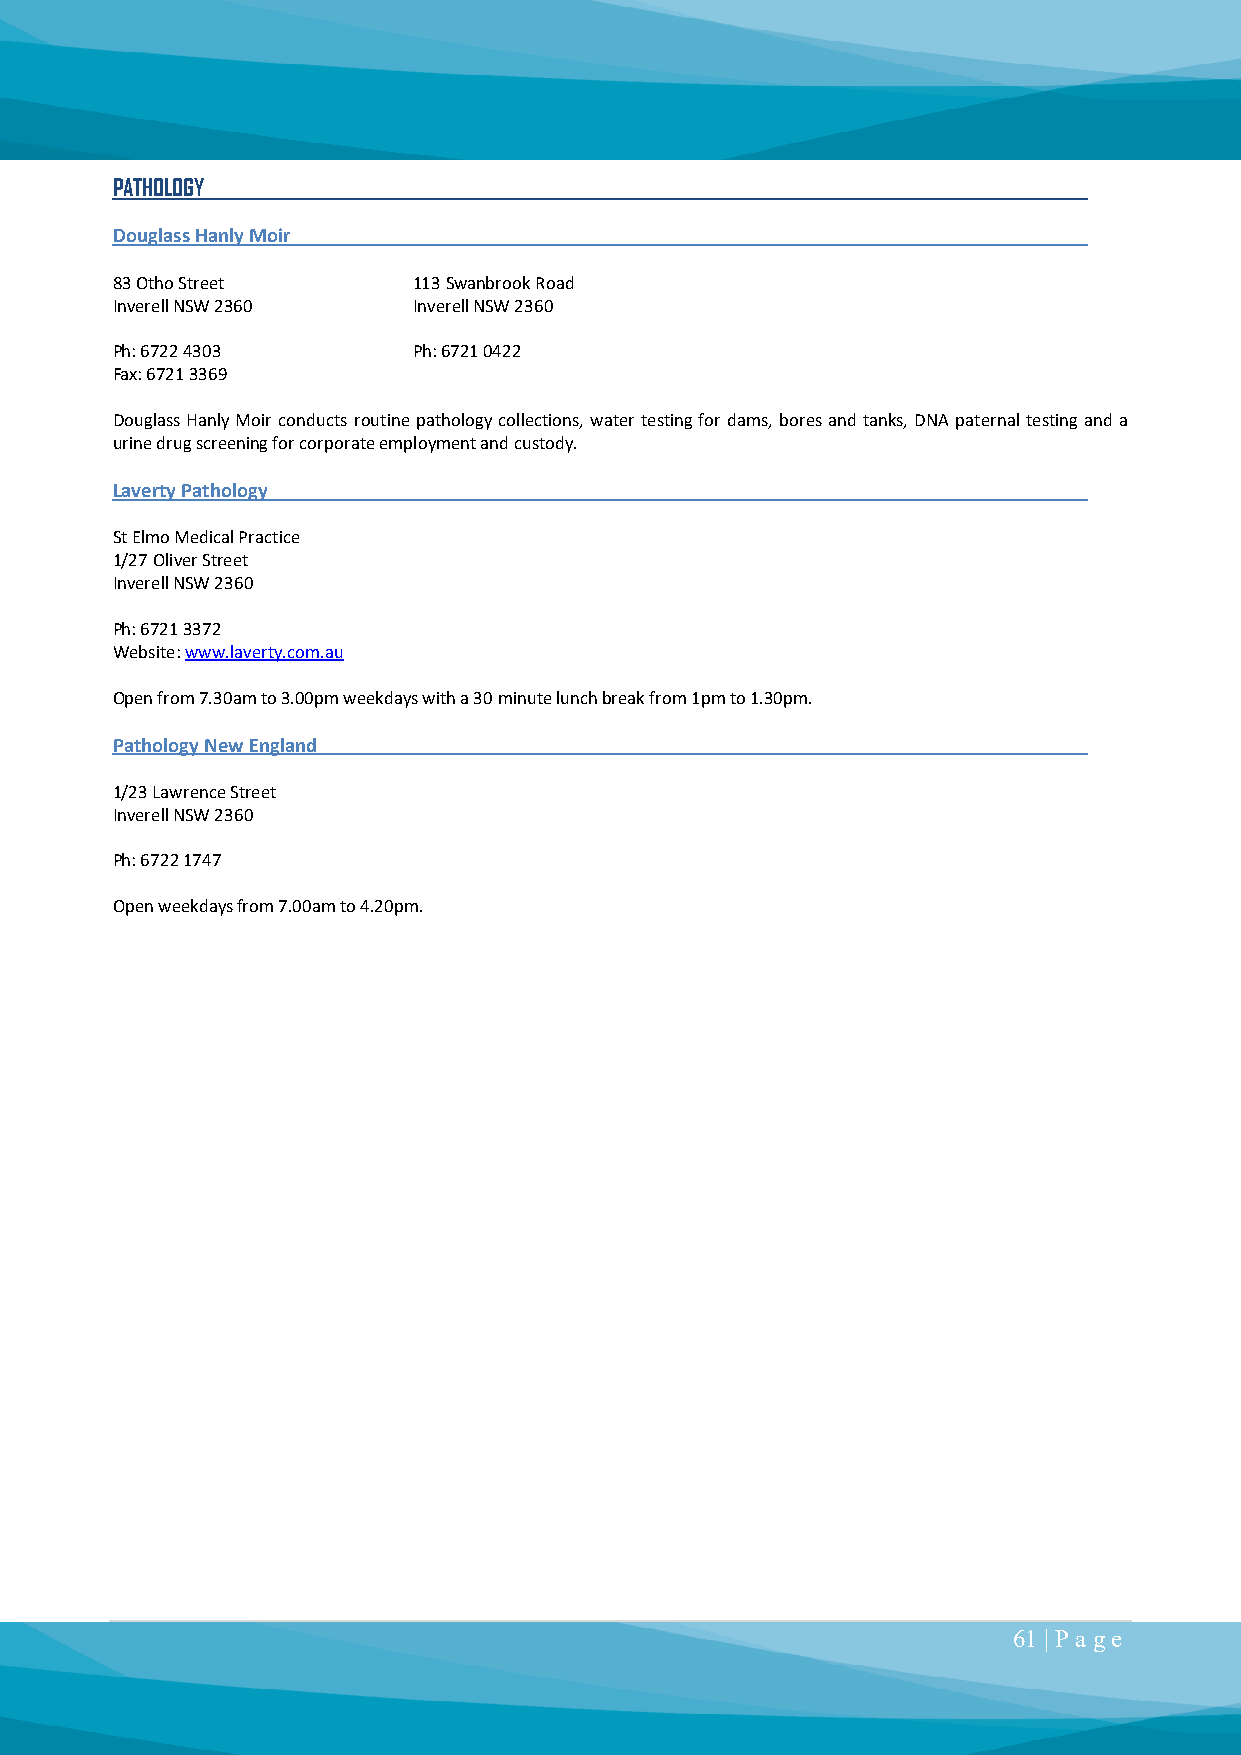
PATHOLOGY
 Douglass Hanly Moir
 83 Otho Street      113 Swanbrook Road
 Inverell NSW 2360   Inverell NSW 2360
 Ph: 6722 4303       Ph: 6721 0422
 Fax: 6721 3369
 Douglass Hanly Moir conducts routine pathology collections, water testing for dams, bores and tanks, DNA paternal testing and a
 urine drug screening for corporate employment and custody.
 Laverty Pathology
 St Elmo Medical Practice
 1/27 Oliver Street
 Inverell NSW 2360
 Ph: 6721 3372
 Website: www.laverty.com.au
 Open from 7.30am to 3.00pm weekdays with a 30 minute lunch break from 1pm to 1.30pm.
 Pathology New England
 1/23 Lawrence Street
 Inverell NSW 2360
 Ph: 6722 1747
 Open weekdays from 7.00am to 4.20pm.
 61 | P a ge